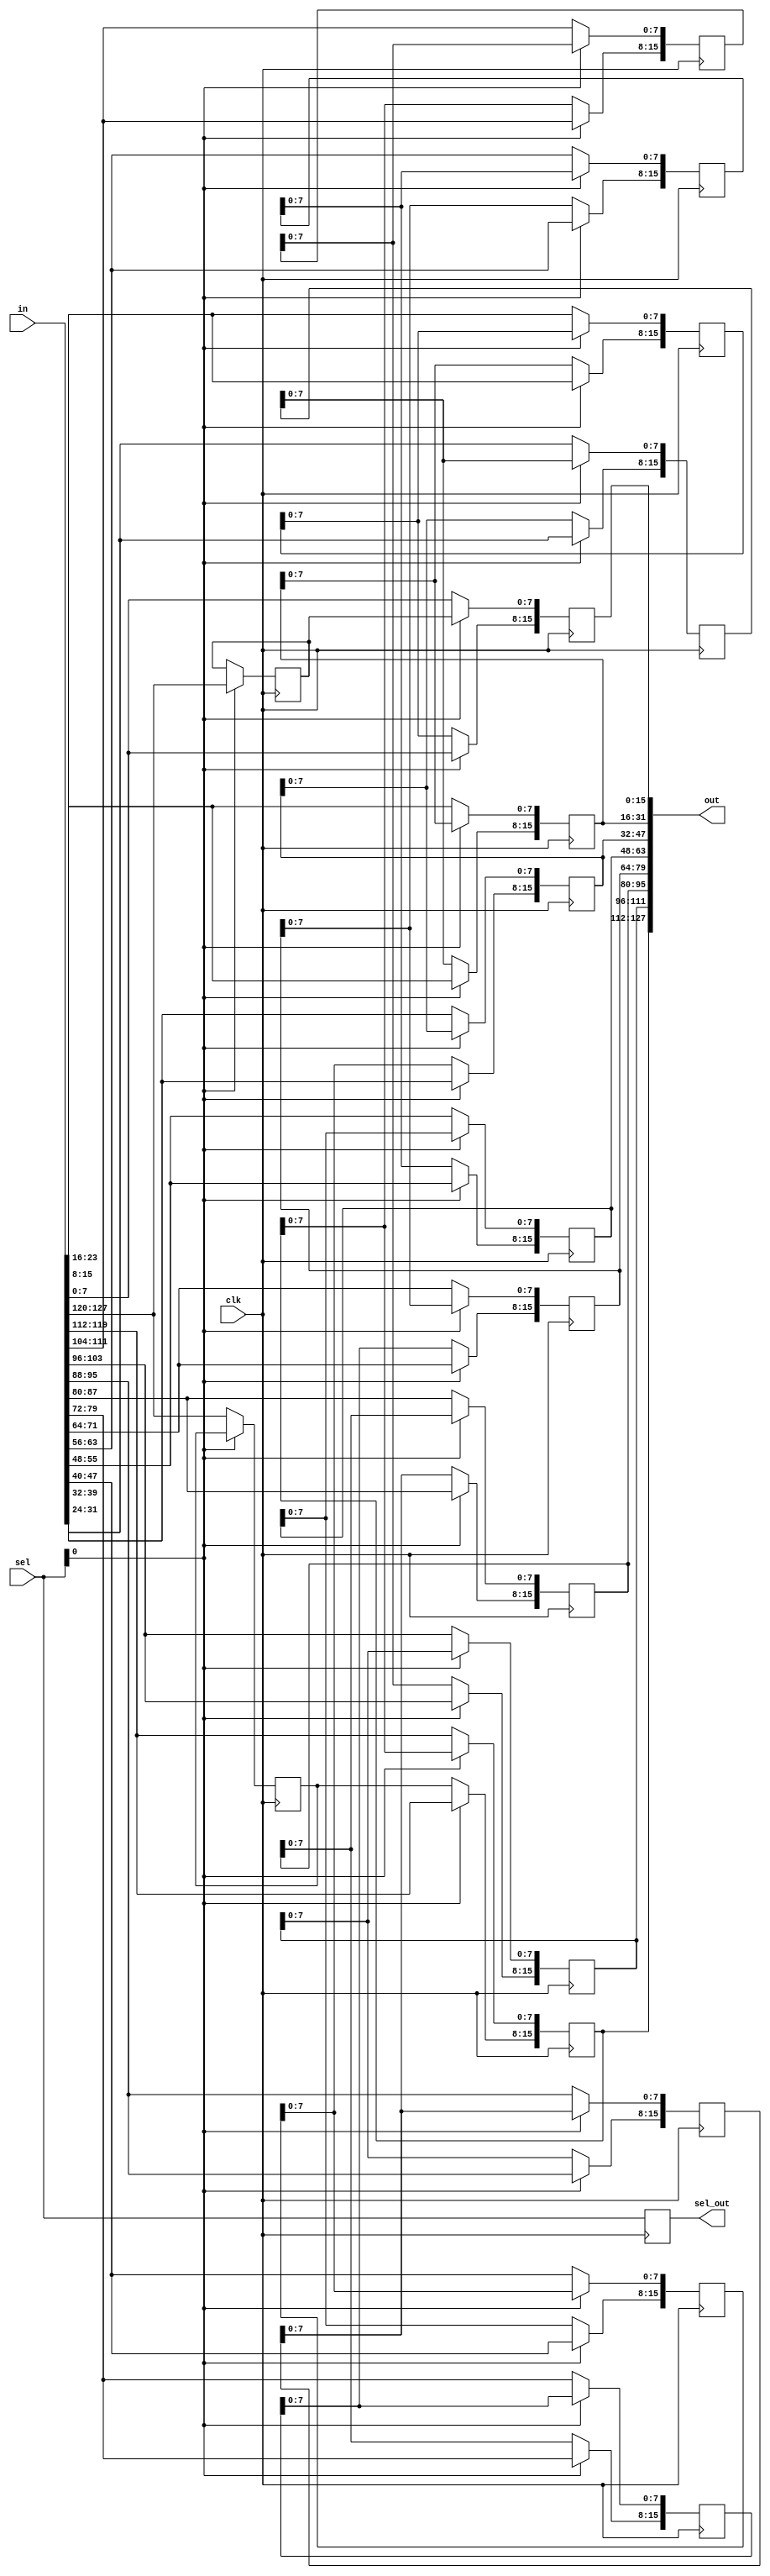
module barrel_shifter_1stage #(
    parameter N = 16, // # of elements
    parameter WIDTH = 8, // data width
    parameter SHIFT_VALUE = 1, // shift offset
    parameter K = 4, // K = log2(N) 
    parameter STAGE_NUM = 0 // range from 0 to K-1
 )
 (  
    input clk, 
    input [N * WIDTH - 1:0] in,
    input [K - 1:0] sel, // K-bit select signal
    output [N * WIDTH - 1:0] out,
    output [K - 1:0] sel_out
 );

    reg [N * WIDTH - 1:0] stage_reg; // stage register
    reg [K - 1:0] sel_reg; // register the K-1 bits select signal

    // Register select signal to next stage
    always @(posedge clk)
    begin
        sel_reg <= sel;
    end
    

    genvar count;
    generate
    begin
        for(count = 0; count < N; count = count + 1)
        begin : for_loop

            always @(posedge clk)
            begin
                if(sel[STAGE_NUM]) // shift data by SHIFT_VALUE bit
                    stage_reg[((((count + SHIFT_VALUE) % N) + 1) * WIDTH - 1)-:WIDTH] <= in[((count + 1) * WIDTH - 1)-:WIDTH];
                else // carry data to output as it is
                    stage_reg[((count + 1) * WIDTH - 1)-:WIDTH] <= in[((count + 1) * WIDTH - 1)-:WIDTH];
            end

        end
    end
    endgenerate

    assign out = stage_reg;
    assign sel_out = sel_reg;

 endmodule